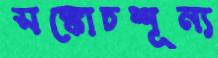
সঙ্কোচশূন্য